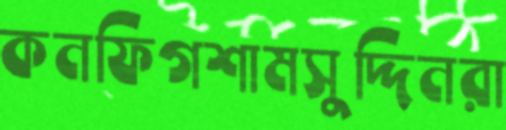
কনফিগশামসুদ্দিনরা